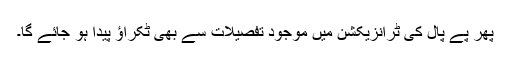
پھر پے پال کی ٹرانزیکشن میں موجود تفصیلات سے بھی ٹکراؤ پیدا ہو جائے گا۔